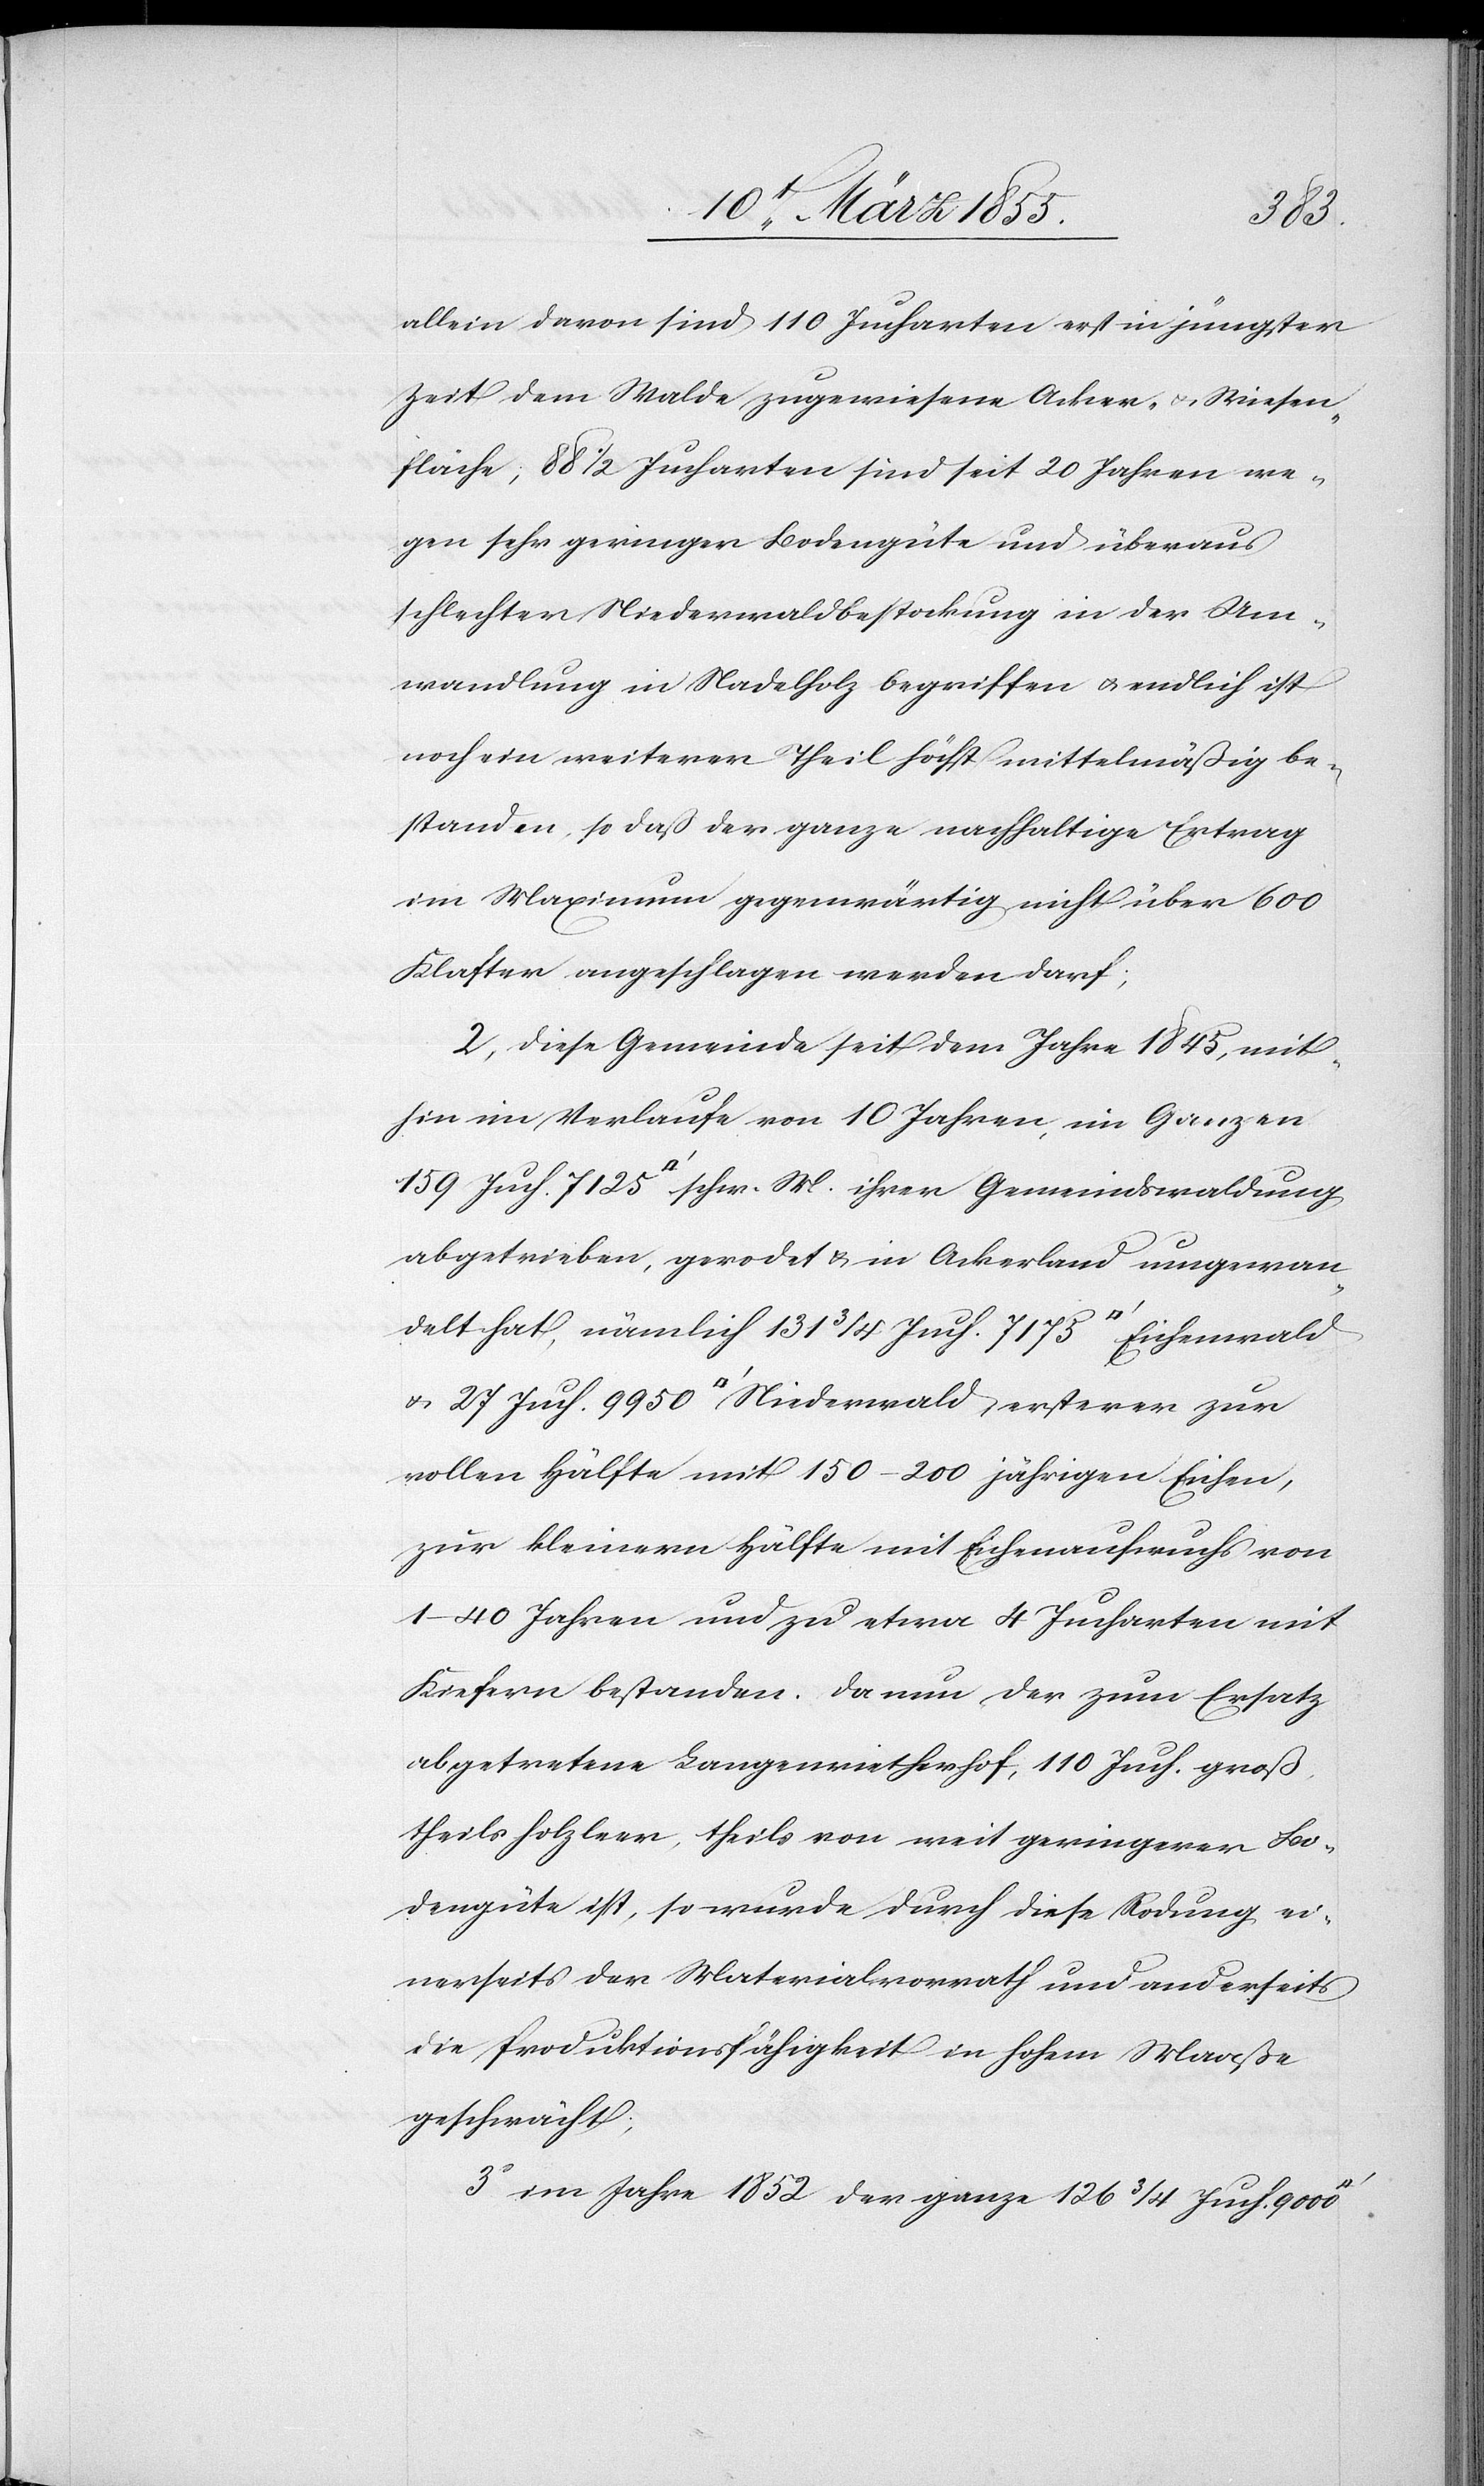
ersterer
allein davon sind 110 Jucharten erst in jüngster
Zeit dem Walde zugewiesene Acker- & Wiesen¬
fläche, 88 1/2 Jucharten sind seit 20 Jahren we¬
gen sehr geringer Bodengüte und überaus
schlechter Niederwaldbestockung in der Um¬
wandlung in Nadelholz begriffen & endlich ist
noch ein weiterer Theil höchst mittelmäßig be¬
standen, so daß der ganze nachhaltige Ertrag
im Maximum gegenwärtig nicht über 600
Klafter angeschlagen werden darf;
diese Gemeinde seit dem Jahre 1845, mit¬
hin im Verlaufe von 10 Jahren, im Ganzen
abgetrieben, gerodet & in Ackerland umgewan¬
delt hat, nämlich 131 3/4 Juch. 7175 [Quadratfuß] Eichenwald
vollen Hälfte mit 150–200 jährigen Eichen,
zur kleinern Hälfte mit Eichenaufwuchs von
1–40 Jahren und zu etwa 4 Jucharten mit
Kiefern bestanden. Da nun der zum Ersatz
abgetretene Langenrietherhof, 110 Juch. groß
theils holzleer, theils von weit geringerer Bo¬
dengüte ist, so wurde durch diese Rodung ei¬
nerseits der Materialvorrath und anderseits
die Produktionsfähigkeit in hohem Maaße
geschwächt;
im Jahre 1852 der ganze 126 3/4 Juch. 9000